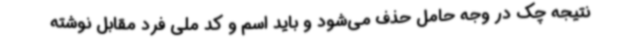
نتیجه چک در وجه حامل حذف می‌شود و باید اسم و کد ملی فرد مقابل نوشته